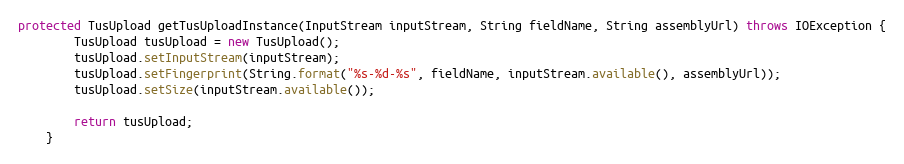
Language: Java
protected TusUpload getTusUploadInstance(InputStream inputStream, String fieldName, String assemblyUrl) throws IOException {
        TusUpload tusUpload = new TusUpload();
        tusUpload.setInputStream(inputStream);
        tusUpload.setFingerprint(String.format("%s-%d-%s", fieldName, inputStream.available(), assemblyUrl));
        tusUpload.setSize(inputStream.available());

        return tusUpload;
    }